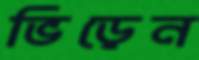
ভিড়েন